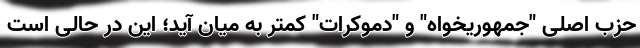
حزب اصلی "جمهوریخواه" و "دموکرات" کمتر به میان آید؛ این در حالی است